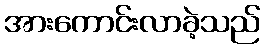
အားကောင်းလာခဲ့သည်